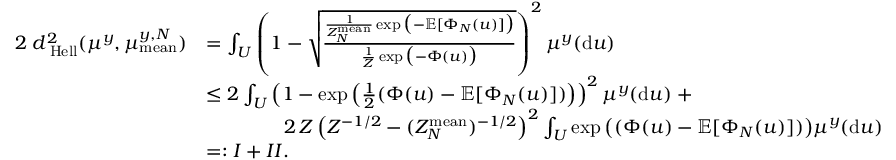
\begin{array} { r l } { 2 \; d _ { \mathrm { \tiny \mathrm { ~ H e l l } } } ^ { 2 } ( \mu ^ { y } , \mu _ { \mathrm { m e a n } } ^ { y , N } ) } & { = \int _ { U } \left( 1 - \sqrt { \frac { \frac { 1 } { Z _ { N } ^ { \mathrm { m e a n } } } \exp \big ( - \mathbb { E } [ \Phi _ { N } ( u ) ] \big ) } { \frac { 1 } { Z } \exp \big ( - \Phi ( u ) \big ) } } \right) ^ { 2 } \mu ^ { y } ( \mathrm { d } u ) } \\ & { \leq 2 \int _ { U } \left( 1 - \exp \left( \frac { 1 } { 2 } ( \Phi ( u ) - \mathbb { E } [ \Phi _ { N } ( u ) ] ) \right) \right) ^ { 2 } \mu ^ { y } ( \mathrm { d } u ) \; + } \\ & { \qquad \qquad 2 \, Z \left( Z ^ { - 1 / 2 } - ( Z _ { N } ^ { \mathrm { m e a n } } ) ^ { - 1 / 2 } \right) ^ { 2 } \int _ { U } \exp \big ( ( \Phi ( u ) - \mathbb { E } [ \Phi _ { N } ( u ) ] ) \big ) \mu ^ { y } ( \mathrm { d } u ) } \\ & { = : I + I I . } \end{array}